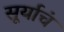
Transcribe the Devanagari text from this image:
सूर्याचं